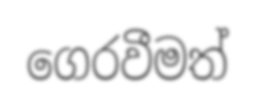
ගෙරවීමත්